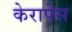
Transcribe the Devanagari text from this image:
केरापेस